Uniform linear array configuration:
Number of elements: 16
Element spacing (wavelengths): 1
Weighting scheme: uniform
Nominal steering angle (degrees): -30
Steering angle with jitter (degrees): -29.272
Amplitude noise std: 0.05
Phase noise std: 0.05

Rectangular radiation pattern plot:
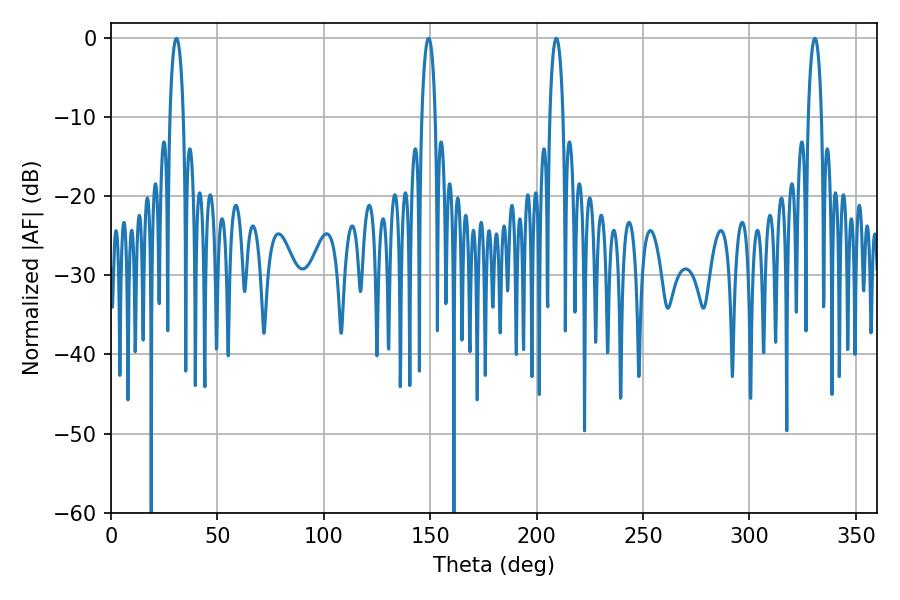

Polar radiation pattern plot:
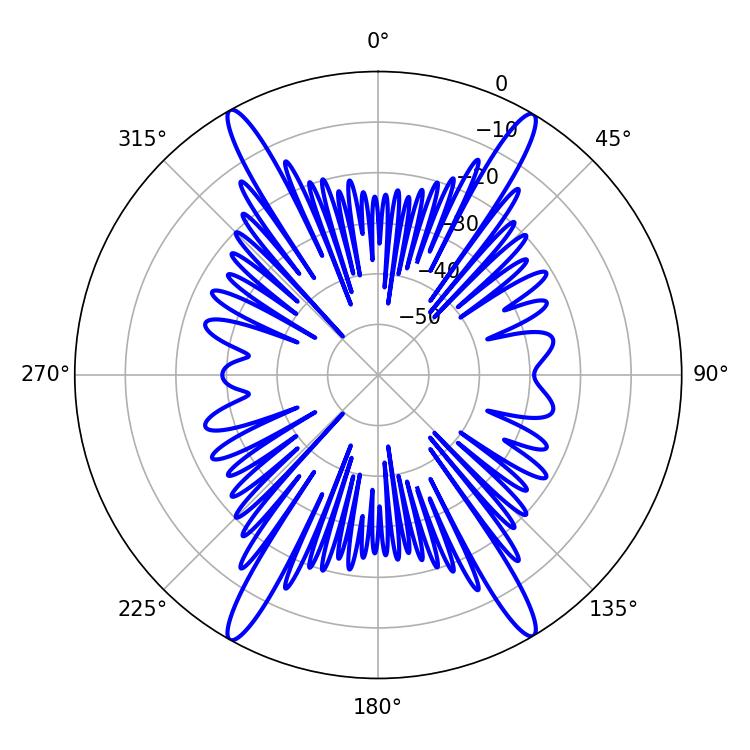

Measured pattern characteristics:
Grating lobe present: TRUE
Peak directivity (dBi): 26.118
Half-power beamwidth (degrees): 3.6
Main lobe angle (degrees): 30.78